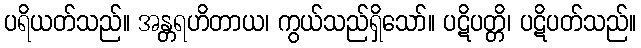
ပရိယတ်သည်။ အန္တရဟိတာယ၊ ကွယ်သည်ရှိသော်။ ပဋိပတ္တိ၊ ပဋိပတ်သည်။